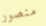
منصور